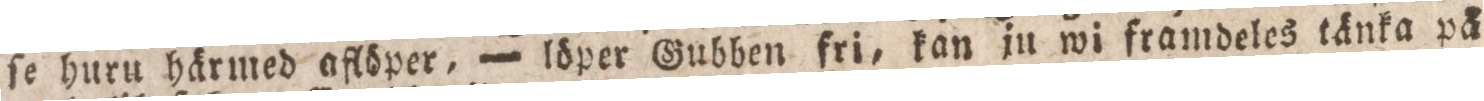
ſe huru härmed aflöper, — löper Gubben fri, kan ju wi framdeles tänka på